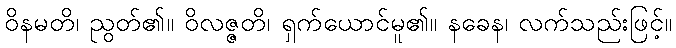
ဝိနမတိ၊ ညွတ်၏။ ဝိလဇ္ဇတိ၊ ရှက်ယောင်မူ၏။ နခေန၊ လက်သည်းဖြင့်။